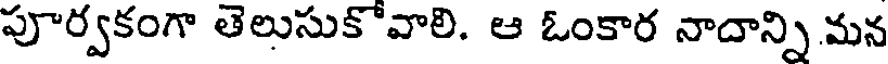
పూర్వకంగా తెలుసుకోవాలి. ఆ ఓంకార నాదాన్ని మన